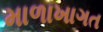
માળાખાગત